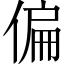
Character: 偏